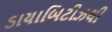
ડાયાબિટીઝથી